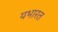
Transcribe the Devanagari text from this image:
यभारत